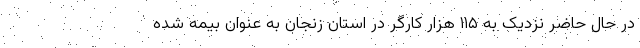
در حال حاضر نزدیک به ۱۱۵ هزار کارگر در استان زنجان به عنوان بیمه شده